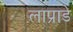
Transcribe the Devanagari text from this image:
लाप्राडे